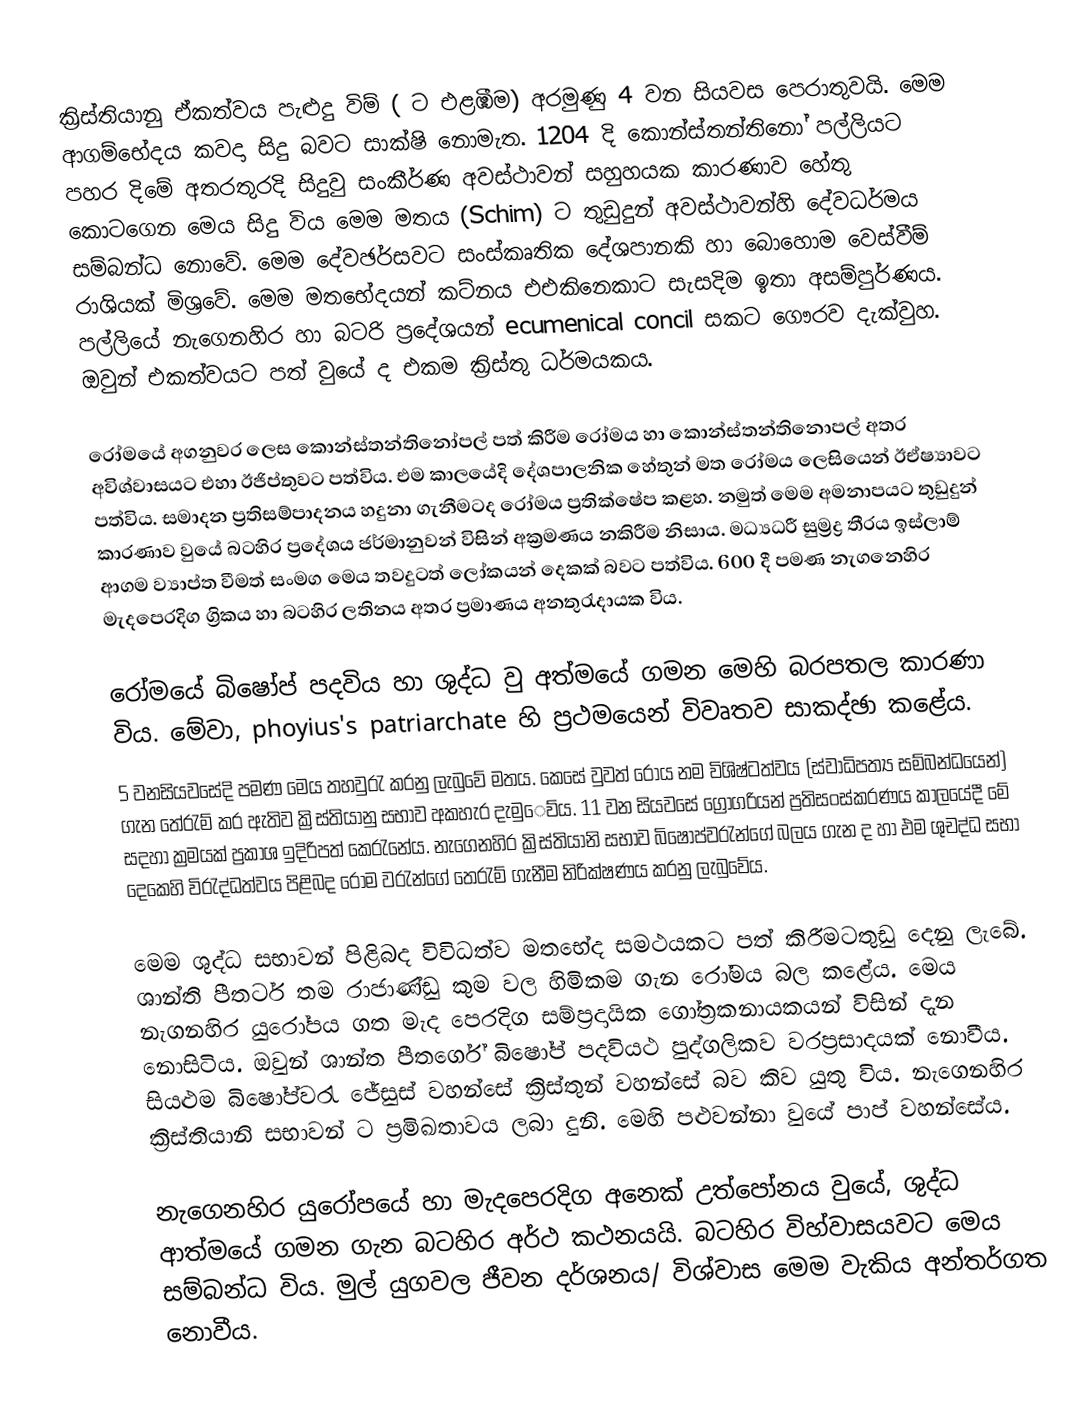
ක්‍රිස්තියානු ඒකත්වය පැළුදු විම් (		ට එළඹීම)  අරමුණු 4 වන සියවස පෙරාතුවයි. මෙම ආගම්භේදය කවදා සිදු බවට සාක්ෂි නොමැත. 1204 දි කොන්ස්තන්තිනෝ පල්ලියට පහර දිමේ අතරතුරදි සිදුවු සංකීර්ණ අවස්ථාවන් සහුහයක කාරණාව හේතු කොටගෙන මෙය සිදු විය මෙම මතය (Schim)		 ට තුඩුදුන් අවස්ථාවන්හි දේවධර්මය සම්බන්ධ නොවේ. මෙම දේවඡර්සවට සංස්කෘතික දේශපානකි හා බොහොම වෙස්වීම් රාශියක් මිශ්‍රවේ. මෙම මතභේදයන් කට්නය එඑකිනෙකාට සැසදිම ඉතා අසම්පුර්ණය. පල්ලියේ නැගෙනහිර හා බටරි ප්‍රදේශයන් ecumenical concil			  සකට ගෞරව දැක්වුහ. ඔවුන් එකත්වයට පත් වුයේ ද එකම ක්‍රිස්තු ධර්මයකය.

රෝමයේ අගනුවර ලෙස කොන්ස්තන්තිනෝපල් පත් කිරීම රෝමය හා කොන්ස්තන්තිනොපල් අතර අවිශ්වාසයට එහා ඊජිප්තුවට පත්විය. එම කාලයේදි දේශපාලනික හේතුන් මත රෝමය ලෙසියෙන් ඊඒෂ්‍යාවට පත්විය. සමාදන ප්‍රතිසම්පාදනය හදුනා ගැනීමටද රෝමය ප්‍රතික්ෂේප කළහ. නමුත් මෙම අමනාපයට තුඩුදුන් කාරණාව වුයේ බටහිර ප්‍රදේශය ජර්මානුවන් විසින් අක්‍රමණය නකිරීම නිසාය. මධ්‍යධරී සුම්‍රද්‍ර තීරය ඉස්ලාම් ආගම ව්‍යාප්ත වීමත් සංමග මෙය තවදුටත් ලෝකයන් දෙකක් බවට පත්විය. 600 දී පමණ නැගනෙහිර මැදපෙරදිග ග්‍රිකය හා බටහිර ‍ලතිනය අතර ප්‍රමාණය අනතුරැදායක විය.

රෝමයේ බිෂෝප් පදවිය හා ශුද්ධ වු අත්මයේ ගමන මෙහි බරපතල කාරණා විය. මේවා, phoyius's patriarchate 					  හි ප්‍රථමයෙන් විවෘතව සාකද්ඡා කළේය.
	5 වනසියවසේදි පමණ 																			 මෙය තහවුරැ කරනු ලැබුවේ 					 මතය. කෙසේ වුවත් රෝය නම විශිෂ්ටත්වය (ස්වාධිපත්‍ය සම්බන්ධයෙන්) ගැන තේරැම් කර ඇතිව ක්‍රිස්තියානු සභාව අකහැර දැමු‍ෙව්ය. 11 වන සියවසේ ග්‍රොගරියන් ප්‍රතිසංස්කරණය කාලයේදී මේ සදහා ක්‍රමයක් ප්‍රකාශ ඉදිරිපත් කෙරැනේය. නැගෙනහිර ක්‍රිස්තියානි සභාව බිෂෝප්වරැන්ගේ බලය ගැන ද හා එම ශුචද්ධ සභා දෙකෙහි විරැද්ධත්වය පිළිබද ‍රෝම වරැන්ගේ තෙරැම් ගැනීම නිරික්ෂණය කරනු ලැබුවේය.

	මෙම ශුද්ධ සභාවන් පිළිබද විවිධත්ව මතභේද				 සමථයකට පත් කිරීමටතුඩු දෙනු ලැබේ. ශාන්ති පීතර්ට තම රාජාණ්ඩු කුම වල හිමිකම ගැන රෝමය බල කළේය. මෙය නැගනහිර යුරෝපය ගත මැද පෙරදිග සම්ප්‍රදායික ගෝත්‍රකනායකයන් විසින් දැන නොසිටිය. ඔවුන් ශාන්ත පීතර්ගේ බිෂෝප් පදවියථ පුද්ගලිකව වරප්‍රසාදයක් නොවීය. සියළුම බිෂෝප්වරැ ‍ජේසුස් වහන්සේ ක්‍රිස්තුන් වහන්සේ බව කිව යුතු විය. නැගෙනහිර ක්‍රිස්තියානි සභාවන් 		 ට ප්‍රමිඛතාවය ලබා දුනි. මෙහි පළුවන්නා වුයේ පාප් වහන්සේය.

	නැගෙනහිර යුරෝපයේ හා මැදපෙරදිග අනෙක් උත්පෝනය වුයේ, ශුද්ධ ආත්මයේ ගමන ගැන බටහිර අර්ථ කථනයයි. බටහිර විහ්වාසයවට මෙය සම්බන්ධ විය. මුල් යුගවල ජීවන දර්ශනය/ විශ්වාස මෙම වැකිය අන්තර්ගත නොවීය.